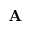
\mathbf { A }